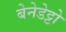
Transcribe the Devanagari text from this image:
बेनेडेट्टो